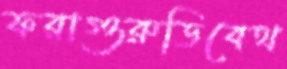
ফরাগুরুডিবেথ